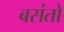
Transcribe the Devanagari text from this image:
बसंतो